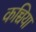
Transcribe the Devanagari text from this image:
कच्चिया